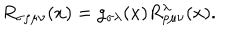
LaTeX: R _ { \sigma \rho \mu \nu } ( x ) = g _ { \sigma \lambda } ( x ) R _ { \rho \mu \nu } ^ { \lambda } ( x ) .